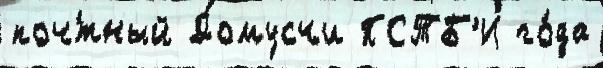
поч́тный Домусчи ПСТБ'И го́да